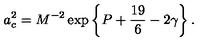
a _ { c } ^ { 2 } = M ^ { - 2 } \exp \left\{ P + { \frac { 1 9 } { 6 } } - 2 \gamma \right\} .